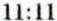
11:11